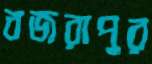
বজরাপুর